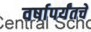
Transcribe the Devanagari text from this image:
वर्षापर्यंतचे